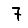
Digit: 7